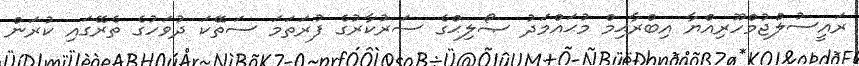
ރައީސުލްޖުމްހޫރިއްޔާ އިބްރާޙިމް މުޙައްމަދު ޞޯލިޙްގެ ސަރުކާރުގެ ފުރަތަމަ ސަތޭކަ ދުވަހުގެ ތެރޭގައި ކުރަން